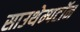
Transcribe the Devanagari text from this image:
साउथेम्पटॉन